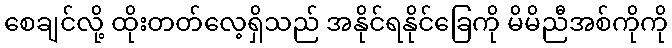
စေချင်လို့ ထိုးတတ်လေ့ရှိသည် အနိုင်ရနိုင်ခြေကို မိမိညီအစ်ကိုကို